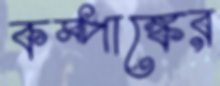
কম্পাঙ্কের